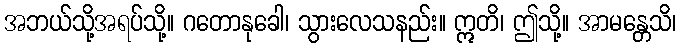
အဘယ်သို့အရပ်သို့။ ဂတောနုခေါ၊ သွားလေသနည်း။ ဣတိ၊ ဤသို့။ အာမန္တေသိ၊